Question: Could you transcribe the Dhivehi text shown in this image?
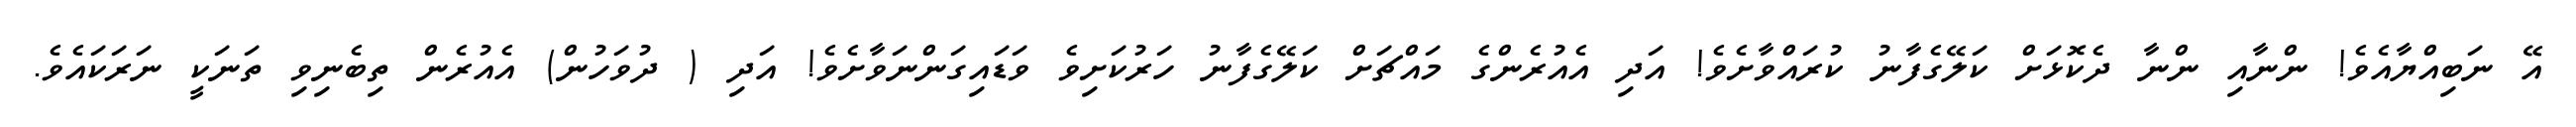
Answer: އޭ ނަބިއްޔާއެވެ! ންނާއި ންނާ ދެކޮޅަށް ކަލޭގެފާނު ކުރައްވާށެވެ! އަދި އެއުރެންގެ މައްޗަށް ކަލޭގެފާނު ހަރުކަށިވެ ވަޑައިގަންނަވާށެވެ! އަދި ( ދުވަހުން) އެއުރެން ތިބެނިވި ތަނަކީ ނަރަކައެވެ.